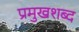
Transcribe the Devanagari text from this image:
प्रमुखशब्द